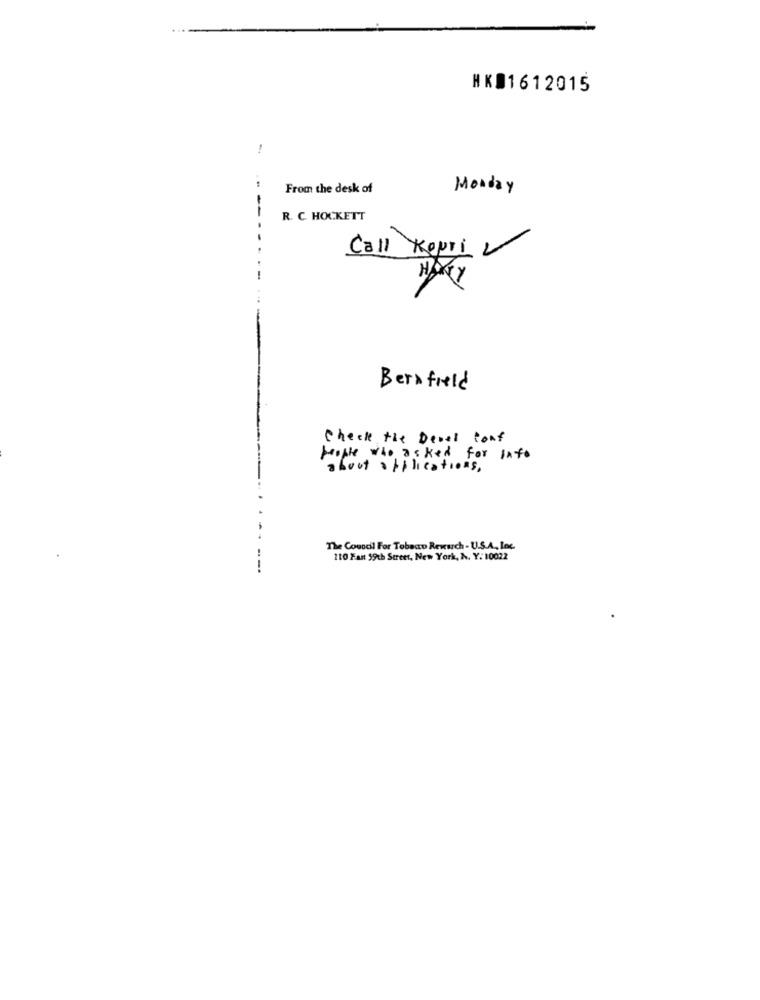
HKD1612015
-
From the desk of
Monday
--
R. C. HOCKETT
Call Kepri V
Bernfield
Check the Devel Cont
people who asked for into
about applications,
The Council For Tobaco Rewuch - U.S.A ., Loc
110 Fant 59th Street, New York, N. Y. 10022
---